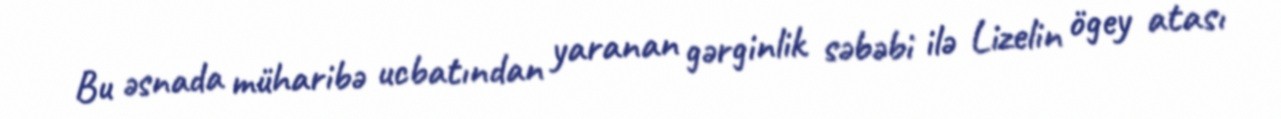
Bu əsnada müharibə ucbatından yaranan gərginlik səbəbi ilə Lizelin ögey atası